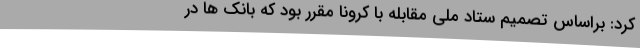
کرد: براساس تصمیم ستاد ملی مقابله با کرونا مقرر بود که بانک ها در